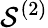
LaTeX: \mathcal{S}^{(2)}